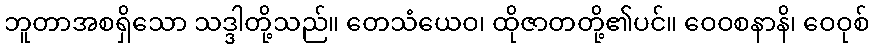
ဘူတာအစရှိသော သဒ္ဒါတို့သည်။ တေသံယေဝ၊ ထိုဇာတတို့၏ပင်။ ဝေဝစနာနိ၊ ဝေဝုစ်